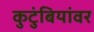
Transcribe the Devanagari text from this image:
कुटुंबियांवर